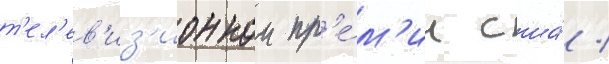
т'ел'ев'из'ионнои пр'е́м'ии сша́ /